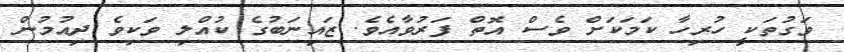
ވަގުތަކީ ހުރިހާ ކަމަކަށް ވެސް އޮތް ފަރުވާއެވެ. ޒައިނަބުގެ ކުއްލި ވަކިވެ ދިއުމުން